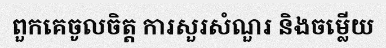
ពួកគេចូលចិត្ត ការសួរសំណួរ និងចម្លើយ